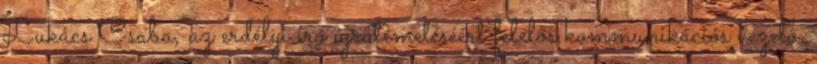
Lukács Csaba, az erdélyi író újratemetéséért felelős kommunikációs vezető.